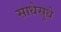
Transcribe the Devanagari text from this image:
साधेसुधे